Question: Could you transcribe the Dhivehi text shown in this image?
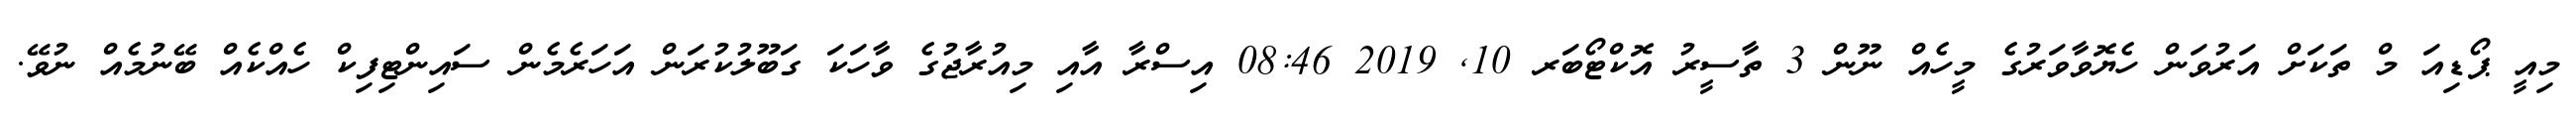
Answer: މިއީ ޕޯޑިއަ މް ތަކަށް އަރުވަން ހެޔޮވާވަރުގެ މީހެއް ނޫން 3 ތާސީރު އޮކްޓޯބަރ 10, 2019 08:46 އިސްރާ އާއި މިއުރާޖުގެ ވާހަކަ ގަބޫލުކުރަން އަހަރެމެން ސައިންޓިފިކް ހެއްކެއް ބޭނުމެއް ނުވޭ.